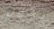
يكون